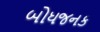
બોધજનક